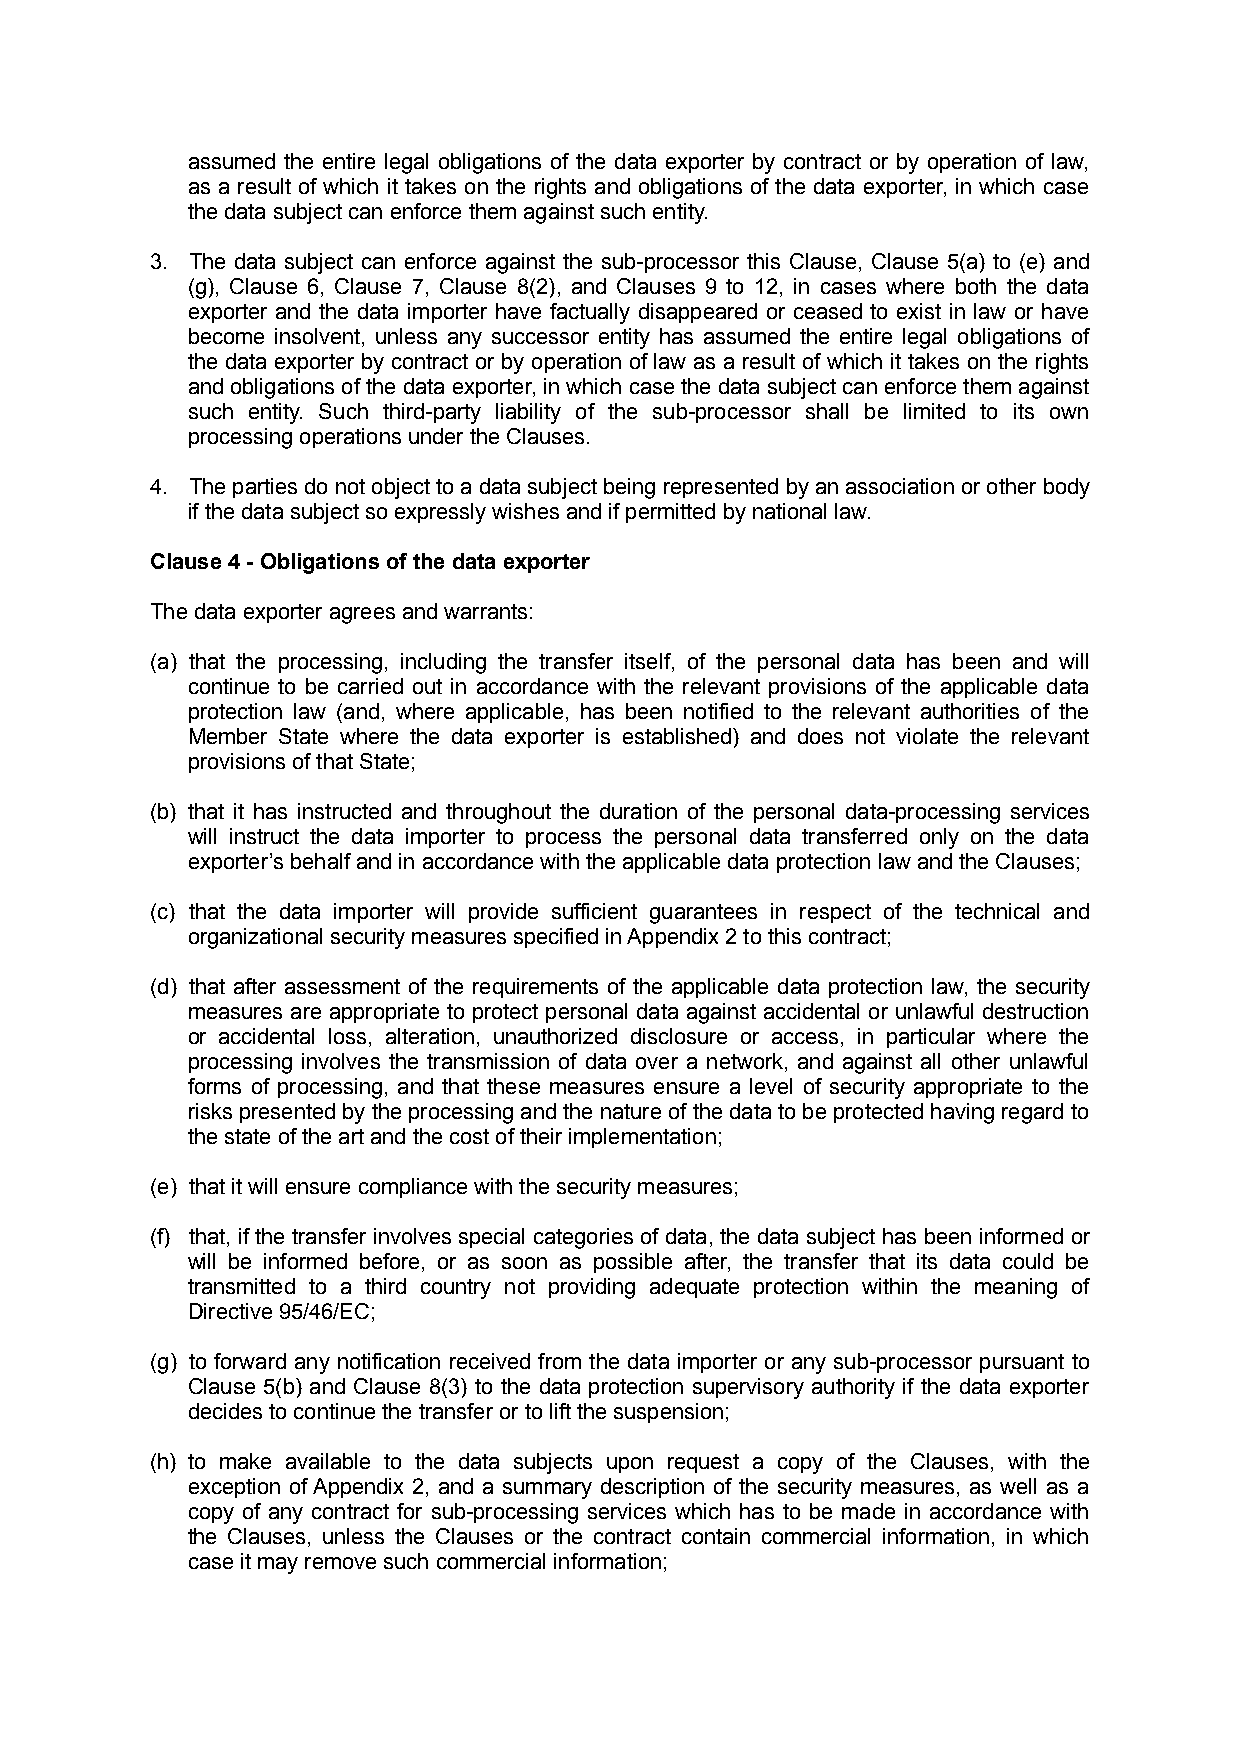
assumed the entire legal obligations of the data exporter by contract or by operation of law,
 as a result of which it takes on the rights and obligations of the data exporter, in which case
 the data subject can enforce them against such entity.
 3. The data subject can enforce against the sub-processor this Clause, Clause 5(a) to (e) and
 (g), Clause 6, Clause 7, Clause 8(2), and Clauses 9 to 12, in cases where both the data
 exporter and the data importer have factually disappeared or ceased to exist in law or have
 become insolvent, unless any successor entity has assumed the entire legal obligations of
 the data exporter by contract or by operation of law as a result of which it takes on the rights
 and obligations of the data exporter, in which case the data subject can enforce them against
 such entity. Such third-party liability of the sub-processor shall be limited to its own
 processing operations under the Clauses.
 4. The parties do not object to a data subject being represented by an association or other body
 if the data subject so expressly wishes and if permitted by national law.
 Clause 4 - Obligations of the data exporter
 The data exporter agrees and warrants:
 (a) that the processing, including the transfer itself, of the personal data has been and will
 continue to be carried out in accordance with the relevant provisions of the applicable data
 protection law (and, where applicable, has been notified to the relevant authorities of the
 Member State where the data exporter is established) and does not violate the relevant
 provisions of that State;
 (b) that it has instructed and throughout the duration of the personal data-processing services
 will instruct the data importer to process the personal data transferred only on the data
 exporter’s behalf and in accordance with the applicable data protection law and the Clauses;
 (c) that the data importer will provide sufficient guarantees in respect of the technical and
 organizational security measures specified in Appendix 2 to this contract;
 (d) that after assessment of the requirements of the applicable data protection law, the security
 measures are appropriate to protect personal data against accidental or unlawful destruction
 or accidental loss, alteration, unauthorized disclosure or access, in particular where the
 processing involves the transmission of data over a network, and against all other unlawful
 forms of processing, and that these measures ensure a level of security appropriate to the
 risks presented by the processing and the nature of the data to be protected having regard to
 the state of the art and the cost of their implementation;
 (e) that it will ensure compliance with the security measures;
 (f) that, if the transfer involves special categories of data, the data subject has been informed or
 will be informed before, or as soon as possible after, the transfer that its data could be
 transmitted to a third country not providing adequate protection within the meaning of
 Directive 95/46/EC;
 (g) to forward any notification received from the data importer or any sub-processor pursuant to
 Clause 5(b) and Clause 8(3) to the data protection supervisory authority if the data exporter
 decides to continue the transfer or to lift the suspension;
 (h) to make available to the data subjects upon request a copy of the Clauses, with the
 exception of Appendix 2, and a summary description of the security measures, as well as a
 copy of any contract for sub-processing services which has to be made in accordance with
 the Clauses, unless the Clauses or the contract contain commercial information, in which
 case it may remove such commercial information;